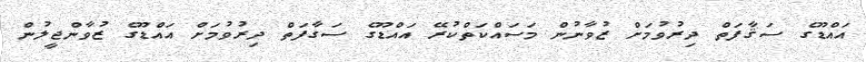
އައްޑޫގެ ސަޤާފަތް ދިރުވުމަށް ޒުވާނުން މަސައްކަތްކުރޭ އައްޑޫގެ ސަގާފަތް ދިރުވުމަށް އައްޑޫގެ ޒުވާންޖީލުން